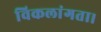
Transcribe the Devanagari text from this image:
विकलांगता।